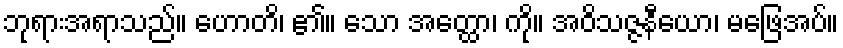
ဘုရားအရာသည်။ ဟောတိ၊ ၏။ သော အတ္ထော၊ ကို။ အဝိသဇ္ဇနီယော၊ မဖြေအပ်။